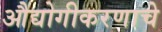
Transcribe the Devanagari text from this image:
औद्योगीकरणाचे